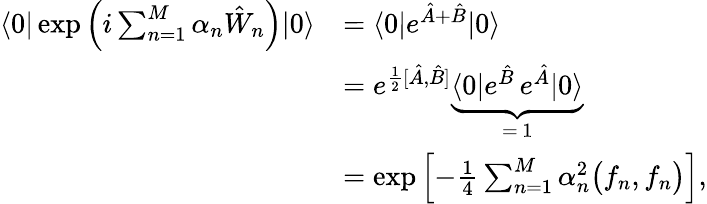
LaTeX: \begin{array}{rl}{\langle 0|\exp\left(i\sum_{n=1}^{M}\alpha_{n}\hat{W}_{n}\right)|0\rangle}&{=\langle 0|e^{\hat{A}+\hat{B}}|0\rangle}\\ &{=e^{\frac{1}{2}[\hat{A},\hat{B}]}\underbrace{\langle 0|e^{\hat{B}}\, e^{\hat{A}}|0\rangle}_{=\, 1}}\\ &{=\exp\left[-\frac{1}{4}\sum_{n=1}^{M}\alpha_{n}^{2}\bigl(f_{n},f_{n}\bigr)\right],}\end{array}